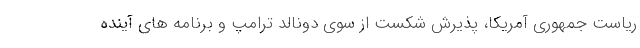
ریاست جمهوری آمریکا، پذیرش شکست از سوی دونالد ترامپ و برنامه های آینده